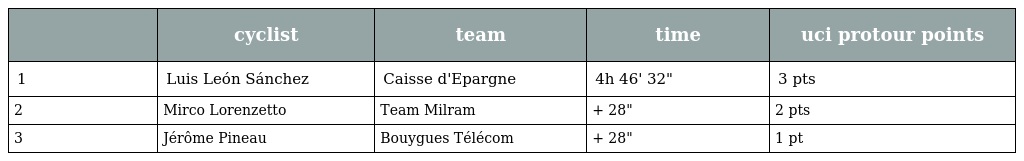
|  | cyclist | team | time | uci protour points |
 | --- | --- | --- | --- | --- |
 | 1 | Luis León Sánchez | Caisse d'Epargne | 4h 46' 32" | 3 pts |
 | 2 | Mirco Lorenzetto | Team Milram | + 28" | 2 pts |
 | 3 | Jérôme Pineau | Bouygues Télécom | + 28" | 1 pt |